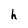
Character: h